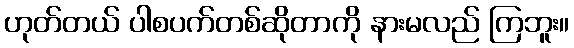
ဟုတ်တယ် ပါစပက်တစ်ဆိုတာကို နားမလည် ကြဘူး။